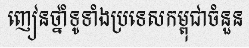
ញៀនថ្នាំទូទាំងប្រទេសកម្ពុជាចំនួន